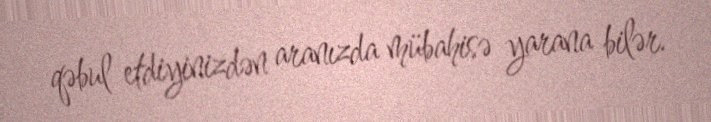
qəbul etdiyinizdən aranızda mübahisə yarana bilər.